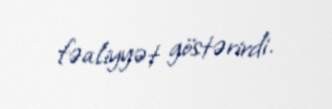
fəaliyyət göstərirdi.